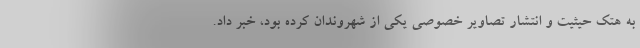
به هتک حیثیت و انتشار تصاویر خصوصی یکی از شهروندان کرده بود، خبر داد.